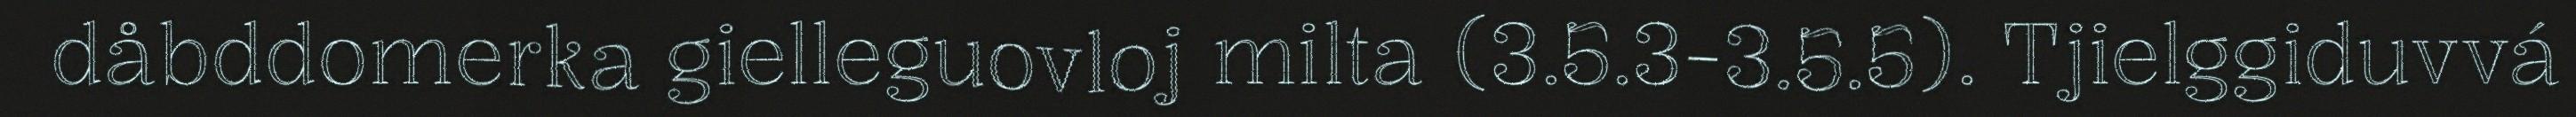
dåbddomerka gielleguovloj milta (3.5.3-3.5.5). Tjielggiduvvá